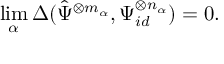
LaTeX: \operatorname* { l i m } _ { \alpha } \Delta ( { \hat { \Psi } } ^ { \otimes m _ { \alpha } } , \Psi _ { i d } ^ { \otimes n _ { \alpha } } ) = 0 .